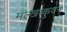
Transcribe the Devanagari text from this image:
मल्खाकुवर